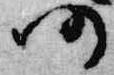
仍